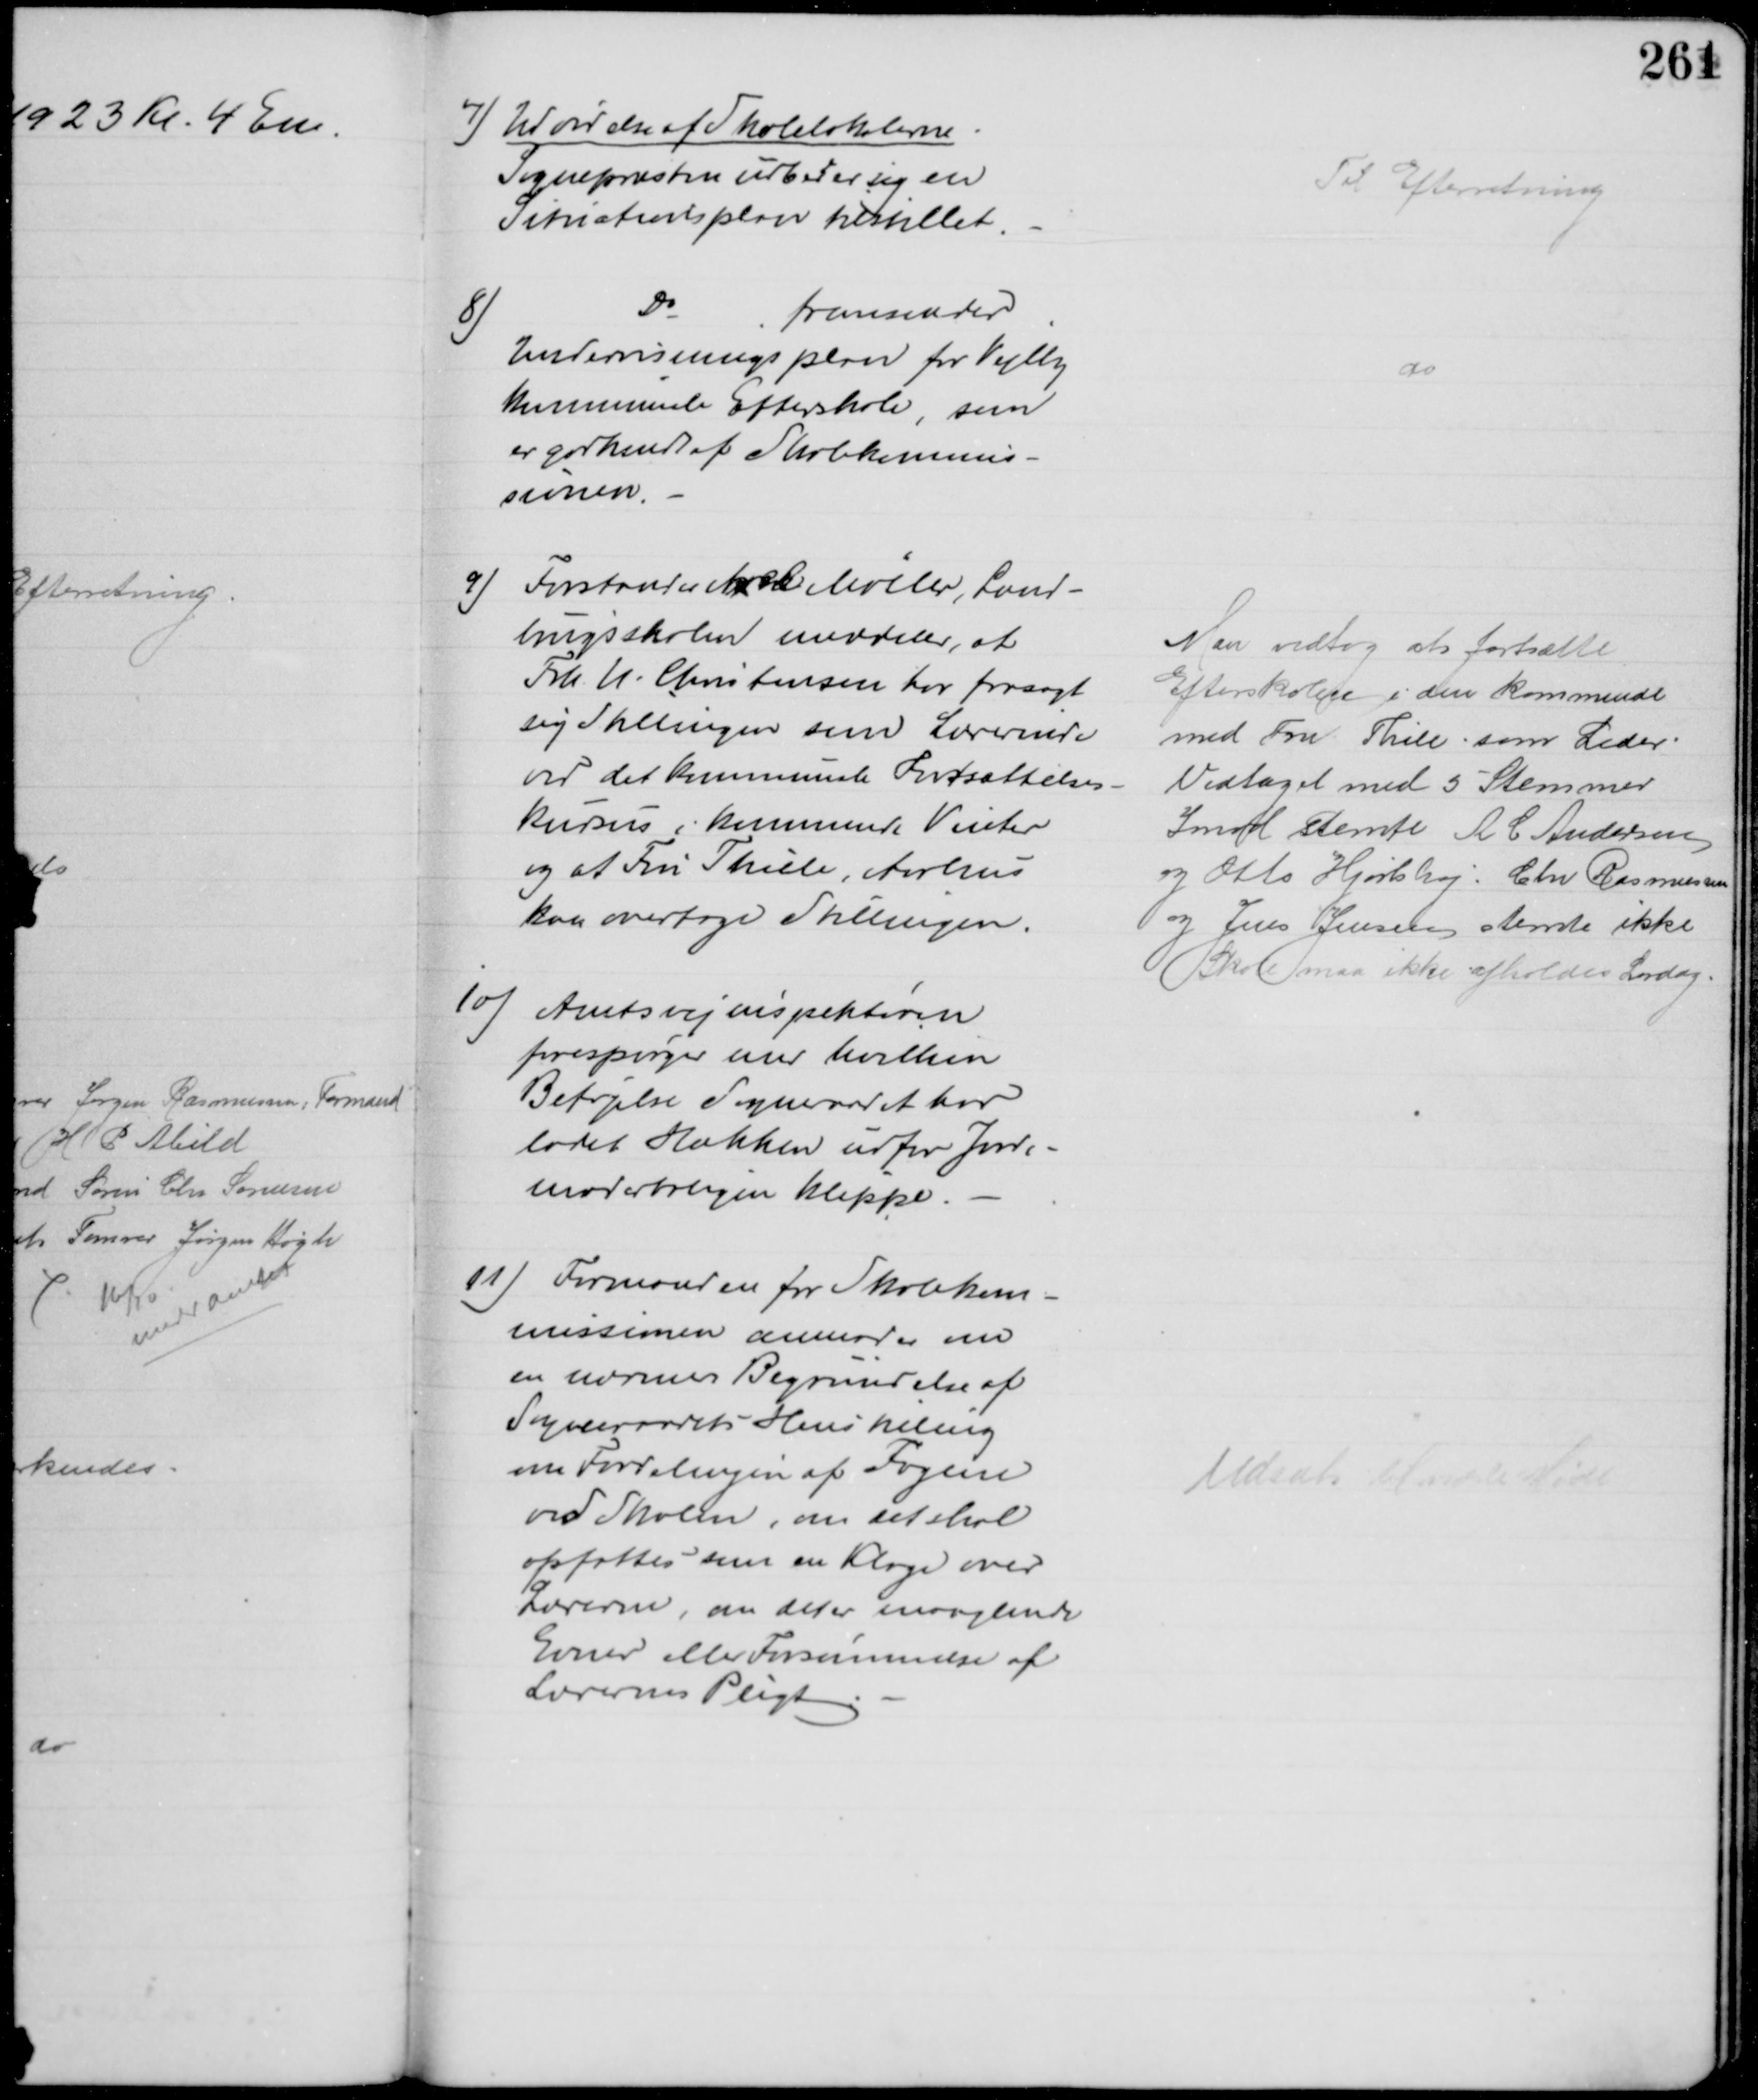
Transskription:
7) Udvidelse af Skolelokalerne
Sognepræsten udbeder sig en
Situationsplan tilstillet
Til Efterretning
8)
Do
fremsender
Undervisningsplan for Vejlby
kommunale Efterskole, som
er godkendt af Skolekommis-
sionen.
do
9) Forstander Axel Møller, Land-
brugsskolen meddeler, at
Frk N. Christensen har frasagt
sig Stillingen som Lærerinde
ved det kommunale Fortsættelse-
kursus i kommende Vinter
og at Fru Thiele, Aarhus
kan overtage Stillingen
Man vedtog at fortsætte
Efterskolen i den kommende
med Fru Thile som Leder
Vedtaget med 5 Stemmer
Imod stemte A C Andersen
og Otto Hjortshøj. Chr Rasmussen
og Jens Jensen stemte ikke
Skole maa ikke afholdes Lørdag
10) Amtsvejinspektøren
forespørger med hvilken 
Beføjelse Sogneraadet har
ladet Hækken udfor Jorde-
moderboligen klippe.
11) Formanden for Skolekom-
missionen anmoder om
en nærmere Begrundelse af
Sogneraadets Henstilling
om Fordelingen af Fagene
ved Skolen, om det skal
opfattes som en Klage over 
Lærerne, om det er manglende
Evner eller Forsømmelse af
Lærernes Pligt
Udsat til næste Møde